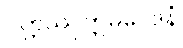
ပတ္တဿုတ္တမဝေဒနံ